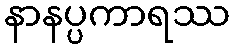
နာနပ္ပကာရဿ